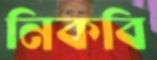
নিকবি